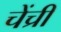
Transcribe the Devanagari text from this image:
चेंच्री